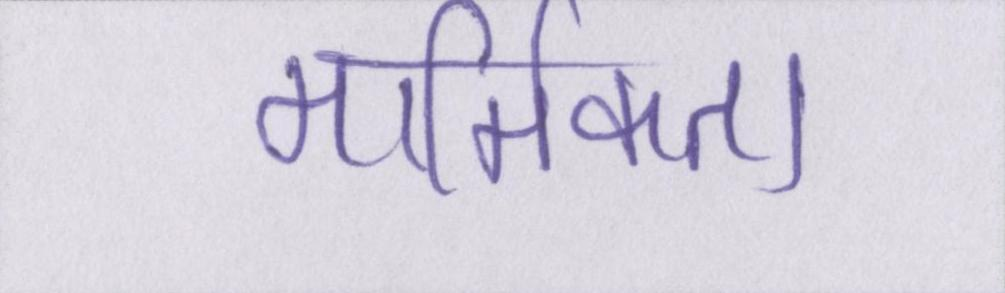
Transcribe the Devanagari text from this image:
मार्मिकता